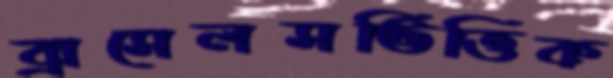
ব্রাসেলসভিত্তিক